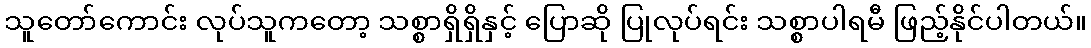
သူတော်ကောင်း လုပ်သူကတော့ သစ္စာရှိရှိနှင့် ပြောဆို ပြုလုပ်ရင်း သစ္စာပါရမီ ဖြည့်နိုင်ပါတယ်။